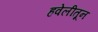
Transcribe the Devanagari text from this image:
हवेलीतून